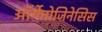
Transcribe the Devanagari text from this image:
ऑर्गेनोजिनेसिस